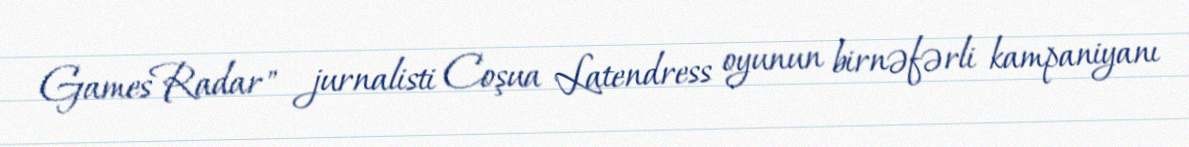
GamesRadar" jurnalisti Coşua Latendress oyunun birnəfərli kampaniyanı